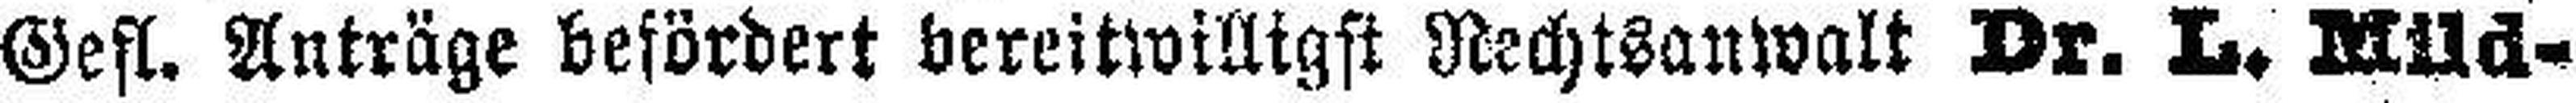
Gefl. Anträge befördert bereitwilligst Rechtsanwalt Dr. L. Mild¬